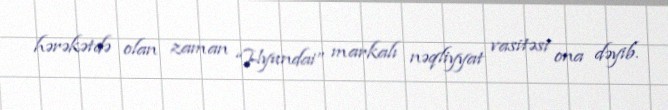
hərəkətdə olan zaman “Hyundai” markalı nəqliyyat vasitəsi ona dəyib.